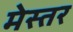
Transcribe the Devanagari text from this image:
मेस्तर